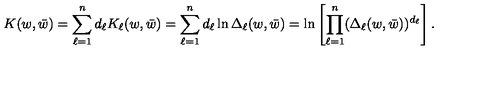
K ( w , \bar { w } ) = \sum _ { \ell = 1 } ^ { n } d _ { \ell } K _ { \ell } ( w , \bar { w } ) = \sum _ { \ell = 1 } ^ { n } d _ { \ell } \ln \Delta _ { \ell } ( w , \bar { w } ) = \ln \left[ \prod _ { \ell = 1 } ^ { n } ( \Delta _ { \ell } ( w , \bar { w } ) ) ^ { d _ { \ell } } \right] .